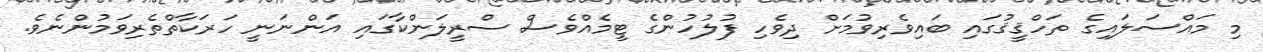
މި މައްސަލައިގެ ތަހްޤީޤުގައި ބައިވެރިވުމަށް ދިވެހި ފުލުހުންގެ ޓީމެއްވެސް ސްރީލަންކާގައި އަންނަނީ ހަރަކާތްތެރިވަމުންނެވެ.